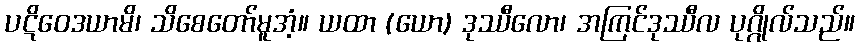
ပဋိဝေဒယာမိ၊ သိစေတော်မူအံ့။ ယထာ (ယော) ဒုဿီလော၊ အကြင်ဒုဿီလ ပုဂ္ဂိုလ်သည်။